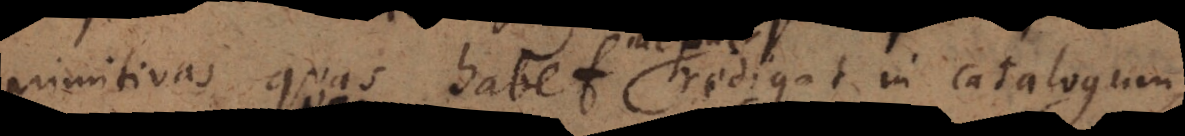
primitivas quas habet ille puer redigat in catalogum